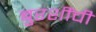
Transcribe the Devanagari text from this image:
बुरशींची